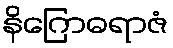
နိဂြောဓရာဇံ